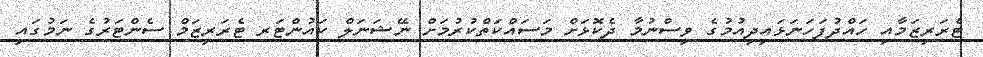
ޓެރަރިޒަމާއި ހައްދުފަހަނަޅައިދިއުމުގެ ވިސްނުމާ ދެކޮޅަށް މަސައްކަތްކުރުމަށް ނޭޝަނަލް ކައުންޓަރ ޓެރަރިޒަމް ސެންޓަރުގެ ނަމުގައި